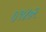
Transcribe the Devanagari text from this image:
०१४७२